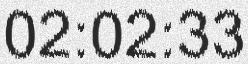
02:02:33